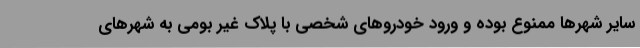
سایر شهرها ممنوع بوده و ورود خودروهای شخصی با پلاک غیر بومی به شهرهای